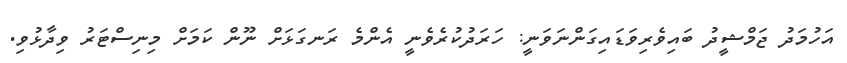
އަހުމަދު ޖަމްޝީދު ބައިވެރިވަޑައިގަންނަވަނީ: ހަރަދުކުރެވެނީ އެންމެ ރަނގަޅަށް ނޫން ކަމަށް މިނިސްޓަރު ވިދާޅުވި.